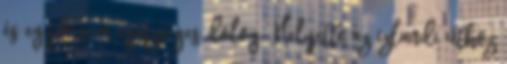
és egyik sem egészséges dolog. Helyette az izlandi úthoz